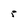
Character: 5